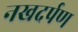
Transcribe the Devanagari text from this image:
नखदर्पण